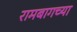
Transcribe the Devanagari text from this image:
रामबागच्या